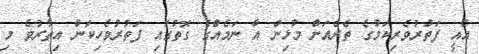
އެއީ ފަތުރުވެރިކަމުގެ ތެރެއަށް މުޅިން އާ ނަމެއްގެ ގޮތުގައި ފަތުރުވެހިކަން އިތުރުވެ މި